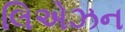
લિએઝન